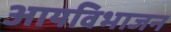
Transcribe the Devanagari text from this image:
आयविभाजन